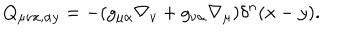
Q _ { \mu \nu x , \alpha y } = - ( g _ { \mu \alpha } \nabla _ { \nu } + g _ { \nu \alpha } \nabla _ { \mu } ) \delta ^ { n } ( x - y ) .